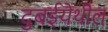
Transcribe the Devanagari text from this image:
दुबईयेथील